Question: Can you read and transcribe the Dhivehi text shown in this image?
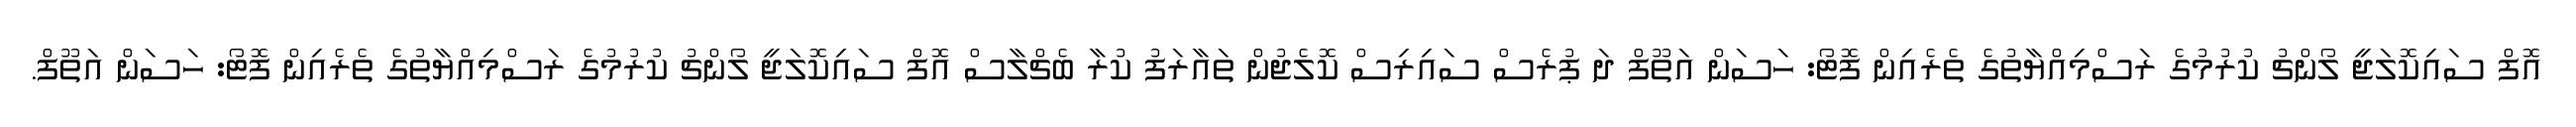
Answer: އޮފް ސައިކޮލަޖީ ލޯންޗު ކުރުމުގެ ރަސްމިއްޔާތުގެ ތެރެއިން ފޮޓޯ: ހަސަން އަތޫފް ދަ ޕުރެސް ސައިރިސް ކޮލެޖުން ތައާރަފު ކުރާ ބެޗްލާސް އޮފް ސައިކޮލަޖީ ލޯންޗު ކުރުމުގެ ރަސްމިއްޔާތުގެ ތެރެއިން ފޮޓޯ: ހަސަން އަތޫފް.